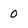
Character: o